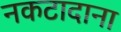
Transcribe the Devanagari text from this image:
नकटादाना